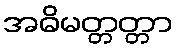
အဓိမတ္တတ္တာ